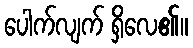
ပေါက်လျက် ရှိလေ၏။